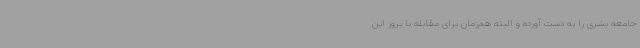
جامعه بشری را به دست آورده و البته هم‌زمان برای مقابله با بروز این